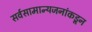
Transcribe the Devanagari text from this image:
सर्वसामान्यजनांकडून